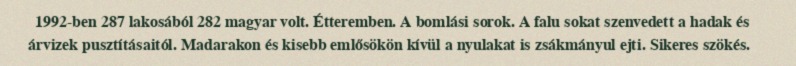
1992-ben 287 lakosából 282 magyar volt. Étteremben. A bomlási sorok. A falu sokat szenvedett a hadak és árvizek pusztításaitól. Madarakon és kisebb emlősökön kívül a nyulakat is zsákmányul ejti. Sikeres szökés.